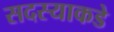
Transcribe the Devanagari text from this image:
सदस्याकडे